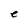
Character: e